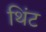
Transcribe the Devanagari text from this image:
थिंट